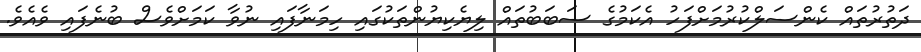
ދަތުރުތައް ކެންސަލްކުރުމަށްފަހު އެކަމުގެ ސަބަބުތައް ލިޔެކިޔުންތަކުގައި ހިމަނާފައި ނުވާ ކަމަށްވެސް ބުނެފައި ވެއެވެ.